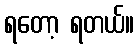
ရတော့ ရတယ်။